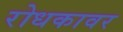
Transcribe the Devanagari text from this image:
रोधकावर